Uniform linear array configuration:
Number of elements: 48
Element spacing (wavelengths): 0.75
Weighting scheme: blackman
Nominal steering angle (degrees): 0
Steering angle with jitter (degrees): -0.9766
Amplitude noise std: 0.05
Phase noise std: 0.05

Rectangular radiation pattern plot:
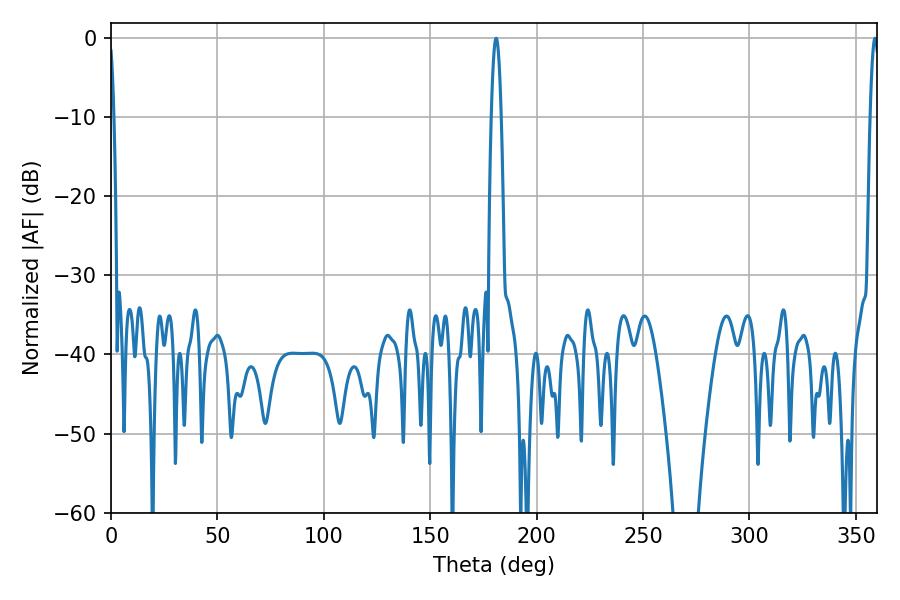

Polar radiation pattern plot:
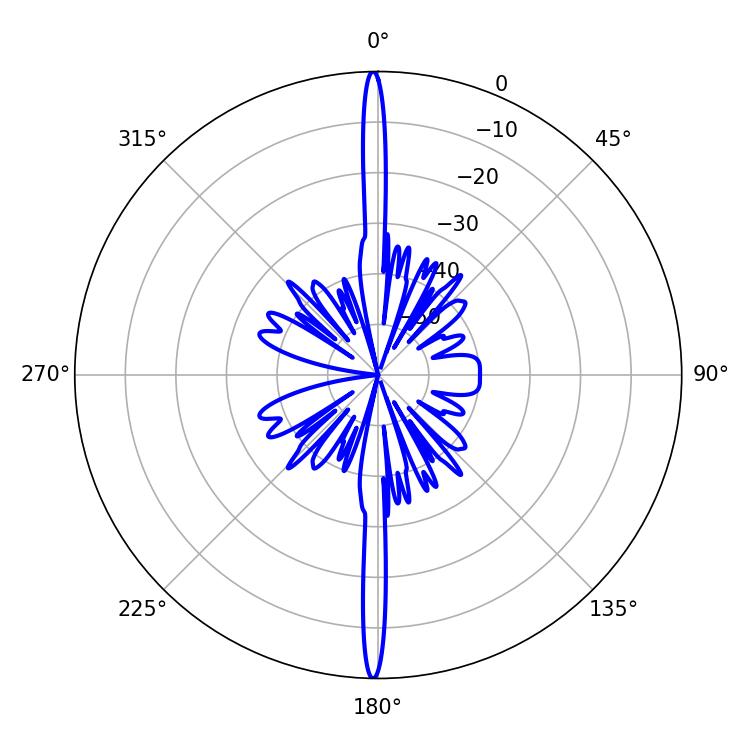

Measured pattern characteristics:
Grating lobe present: TRUE
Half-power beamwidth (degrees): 2.34
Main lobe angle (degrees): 180.9